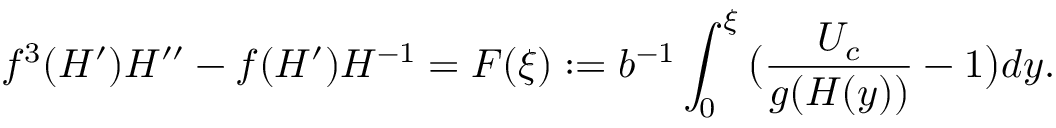
f ^ { 3 } ( H ^ { \prime } ) H ^ { \prime \prime } - f ( H ^ { \prime } ) H ^ { - 1 } = F ( \xi ) : = b ^ { - 1 } \int _ { 0 } ^ { \xi } { \bigl ( \frac { U _ { c } } { g ( H ( y ) ) } - 1 \bigr ) d y } .